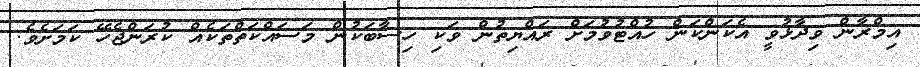
އިމްރާން ވިދާޅުވީ އެކަންކަން ހުއްޓުވުމަށް ރައްޔިތުން ވަކި ހިސާބަކުން މަސައްކަތްތަކެއް ކުރަންޖެހޭ ކަމަށެވެ.